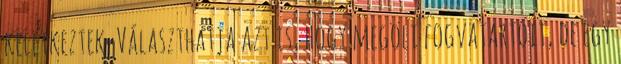
keletkeztek. Választhatja azt is, hogy megöli fogvatartóit, de egy